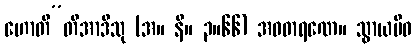
ဟောတီ”တိအာဒီသု (အ။ နိ။ ၃။၆၆) အဝဓာရဏေ။ သွာယမိဓ